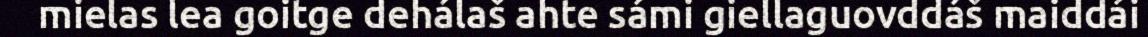
mielas lea goitge dehálaš ahte sámi giellaguovddáš maiddái